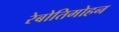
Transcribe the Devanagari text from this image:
रेबोतिमोहन